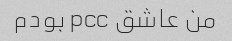
من عاشق pcc بودم